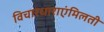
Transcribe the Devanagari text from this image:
विचारधाराएंमिलती